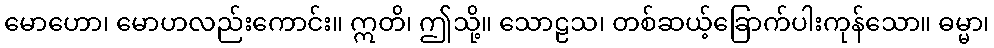
မောဟော၊ မောဟလည်းကောင်း။ ဣတိ၊ ဤသို့။ သောဠသ၊ တစ်ဆယ့်ခြောက်ပါးကုန်သော။ ဓမ္မာ၊